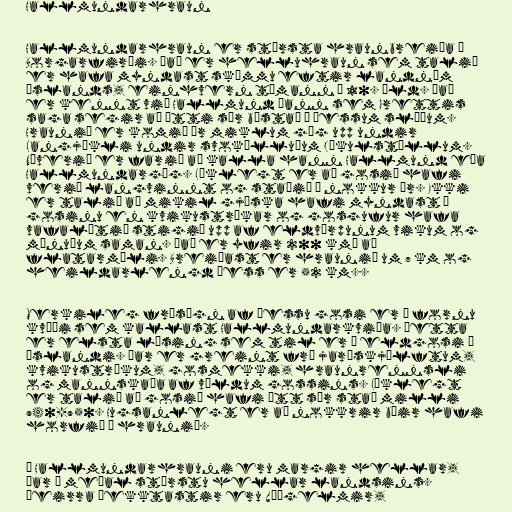
Hallmundarhraun

Hallmundarhraun er stærsta hraunbreiða í
Borgarfirði. Það er helluhraun sem talið
er hafa myndast skömmu eftir landnám
Íslands, einhvern tímann á 10. öld. Það
er kennt við Hallmund þann sem Grettis
saga segir að ætti sér bústað á þessum slóðum.
Hraunið er komið úr miklum gíg upp undir
Langjökli undir svokölluðum Jökulstöllum.
Nýverið er farið að kalla hann Hallmund eða
Hallmundargíg. Líklegt er að gosið hafi
verið langvinnt og staðið í nokkur ár. Ekki
er talið að mikil gjóska hafi myndast í
gosinu en kvikustrókar og gosgufur hafa
vafalítið stigið upp af eldvörpunum vikum og
mánuðum saman. Það er yfir 200 km² að
flatarmáli. Breiðast er hraunið um 7 km og
heildarlengd þess er 52 km..

Merkileg frásögn af þessu gosi er í fornu
kvæði sem kallast Hallmundarkviða. Þetta
er elsta lýsing sem til er á eldgosi á
Íslandi. Þar er greint frá jarðskjálftum,
kvikustrókum, gosmekki, hraunrennsli
og mannskaða af völdum gossins. Líklegt
er talið að gosið hafi átt sér stað milli
940-950. Hugsanlegt er að nokkrir bæir hafi
horfið í hraunið.

Í Hallmundarhrauni eru margir hellar,
þar á meðal stærstu hellar landsins.
Þeirra þekktastir eru Víðgelmir,